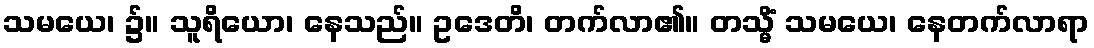
သမယေ၊ ၌။ သူရိယော၊ နေသည်။ ဥဒေတိ၊ တက်လာ၏။ တသ္မိံ သမယေ၊ နေတက်လာရာ